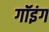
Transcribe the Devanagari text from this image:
गॉइंग